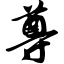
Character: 尊